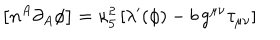
\left[ n ^ { A } \partial _ { A } \phi \right] = \kappa _ { 5 } ^ { 2 } \left[ \lambda ^ { \prime } ( \phi ) - b \, g ^ { \mu \nu } \tau _ { \mu \nu } \right]